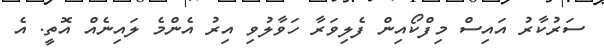
ސަރުކާރު އައިސް މިފްކޯއިން ފެލިވަރާ ހަވާލުވި އިރު އެންމެ ލައިނެއް އޮތީ. އެ